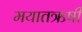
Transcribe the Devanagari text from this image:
मयातऋषी